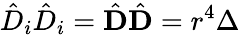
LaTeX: {\hat{D}}_{i}{\hat{D}}_{i}={\hat{\mathbf{D}}}{\hat{\mathbf{D}}}=r^{4}\Delta